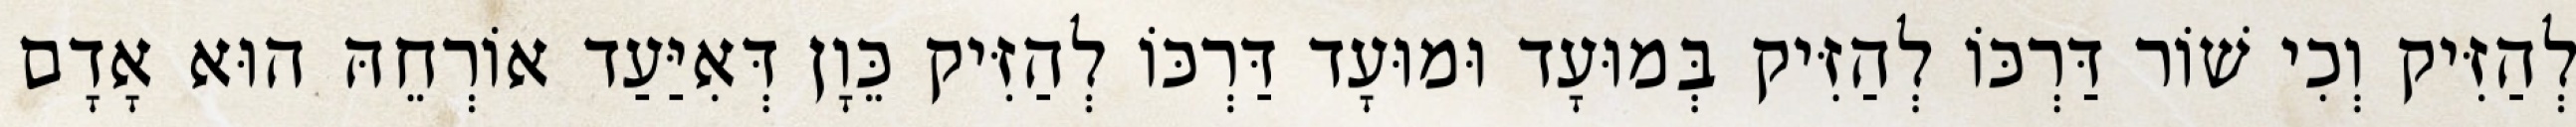
לְהַזִּיק וְכִי שׁוֹר דַּרְכּוֹ לְהַזִּיק בְּמוּעָד וּמוּעָד דַּרְכּוֹ לְהַזִּיק כֵּוָן דְּאִיַּעַד אוֹרְחֵהּ הוּא אָדָם